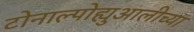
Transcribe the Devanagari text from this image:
टोनाल्पोह्युआलीच्या